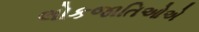
લોકજાતિઓએ